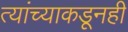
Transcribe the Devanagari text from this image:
त्यांच्याकडूनही